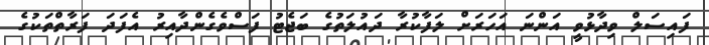
ފައިސަލް ވިދާޅުވީ އަންނަ އަހަރަށް ލަފާކުރާ ދައުލަތުގެ ބަޖެޓު ފަސްވެގެންދާއިރު އެފަދަ ފަރާތްތަކުގެ